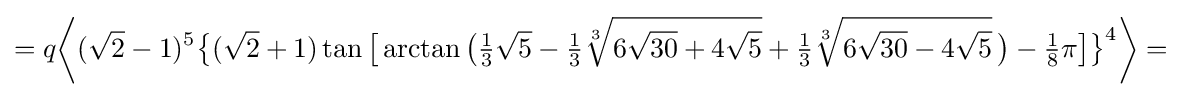
=q{\biggl \langle }({\sqrt {2}}-1)^{5}{\bigl \{}({\sqrt {2}}+1)\tan {\bigl [}\arctan {\bigl (}{\tfrac {1}{3}}{\sqrt {5}}-{\tfrac {1}{3}}{\sqrt[{3}]{6{\sqrt {30}}+4{\sqrt {5}}}}+{\tfrac {1}{3}}{\sqrt[{3}]{6{\sqrt {30}}-4{\sqrt {5}}}}\,{\bigr )}-{\tfrac {1}{8}}\pi {\bigr ]}{\bigr \}}^{4}{\biggr \rangle }=